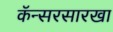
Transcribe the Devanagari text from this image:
कॅन्सरसारखा